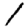
Digit: 1